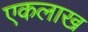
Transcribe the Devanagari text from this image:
एकलाख